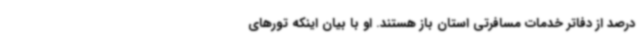
درصد از دفاتر خدمات مسافرتی استان باز هستند. او با بیان اینکه تورهای